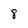
Character: 8